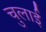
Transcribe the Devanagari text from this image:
चुलाई